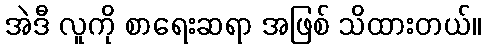
အဲဒီ လူကို စာရေးဆရာ အဖြစ် သိထားတယ်။